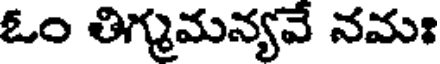
ఓం తిగ్మమన్యవే నమః